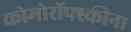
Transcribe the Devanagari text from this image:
कोमोरॉफ्स्कीना